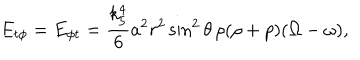
E _ { t \phi } = E _ { \phi t } = \frac { k _ { 5 } ^ { 4 } } 6 a ^ { 2 } r ^ { 2 } \sin ^ { 2 } \theta \, \rho ( \rho + p ) ( \Omega - \omega ) ,